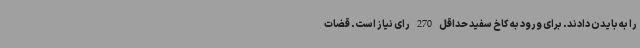
را به بایدن دادند. برای ورود به کاخ سفید حداقل 270 رای نیاز است. قضات